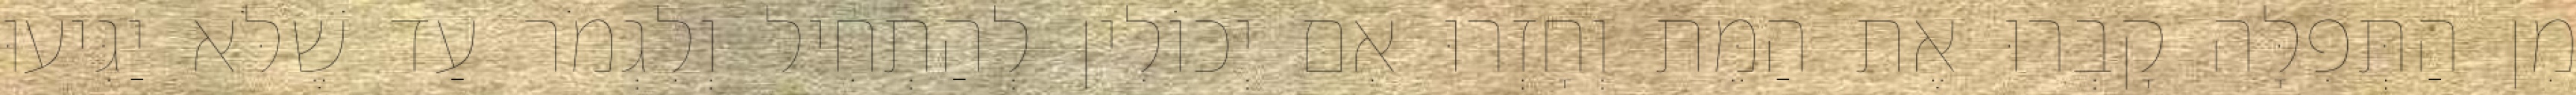
מִן הַתְּפִלָּה קָבְרוּ אֶת הַמֵּת וְחָזְרוּ אִם יְכוֹלִין לְהַתְחִיל וְלִגְמֹר עַד שֶׁלֹּא יַגִּיעוּ